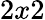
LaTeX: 2x2